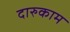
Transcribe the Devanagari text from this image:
दारुकाम